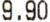
9.90